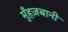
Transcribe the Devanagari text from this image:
मुँहज़बानी